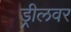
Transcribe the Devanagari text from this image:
ड्रीलवर